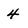
Character: 4